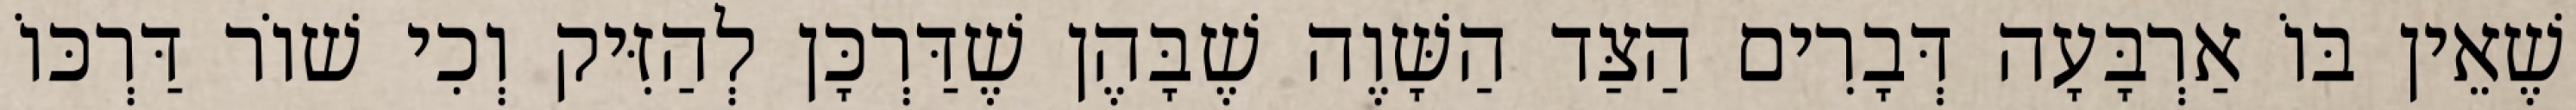
שֶׁאֵין בּוֹ אַרְבָּעָה דְּבָרִים הַצַּד הַשָּׁוֶה שֶׁבָּהֶן שֶׁדַּרְכָּן לְהַזִּיק וְכִי שׁוֹר דַּרְכּוֹ